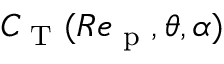
C _ { \textup { T } } ( R e _ { \textup { p } } , \theta , \alpha )